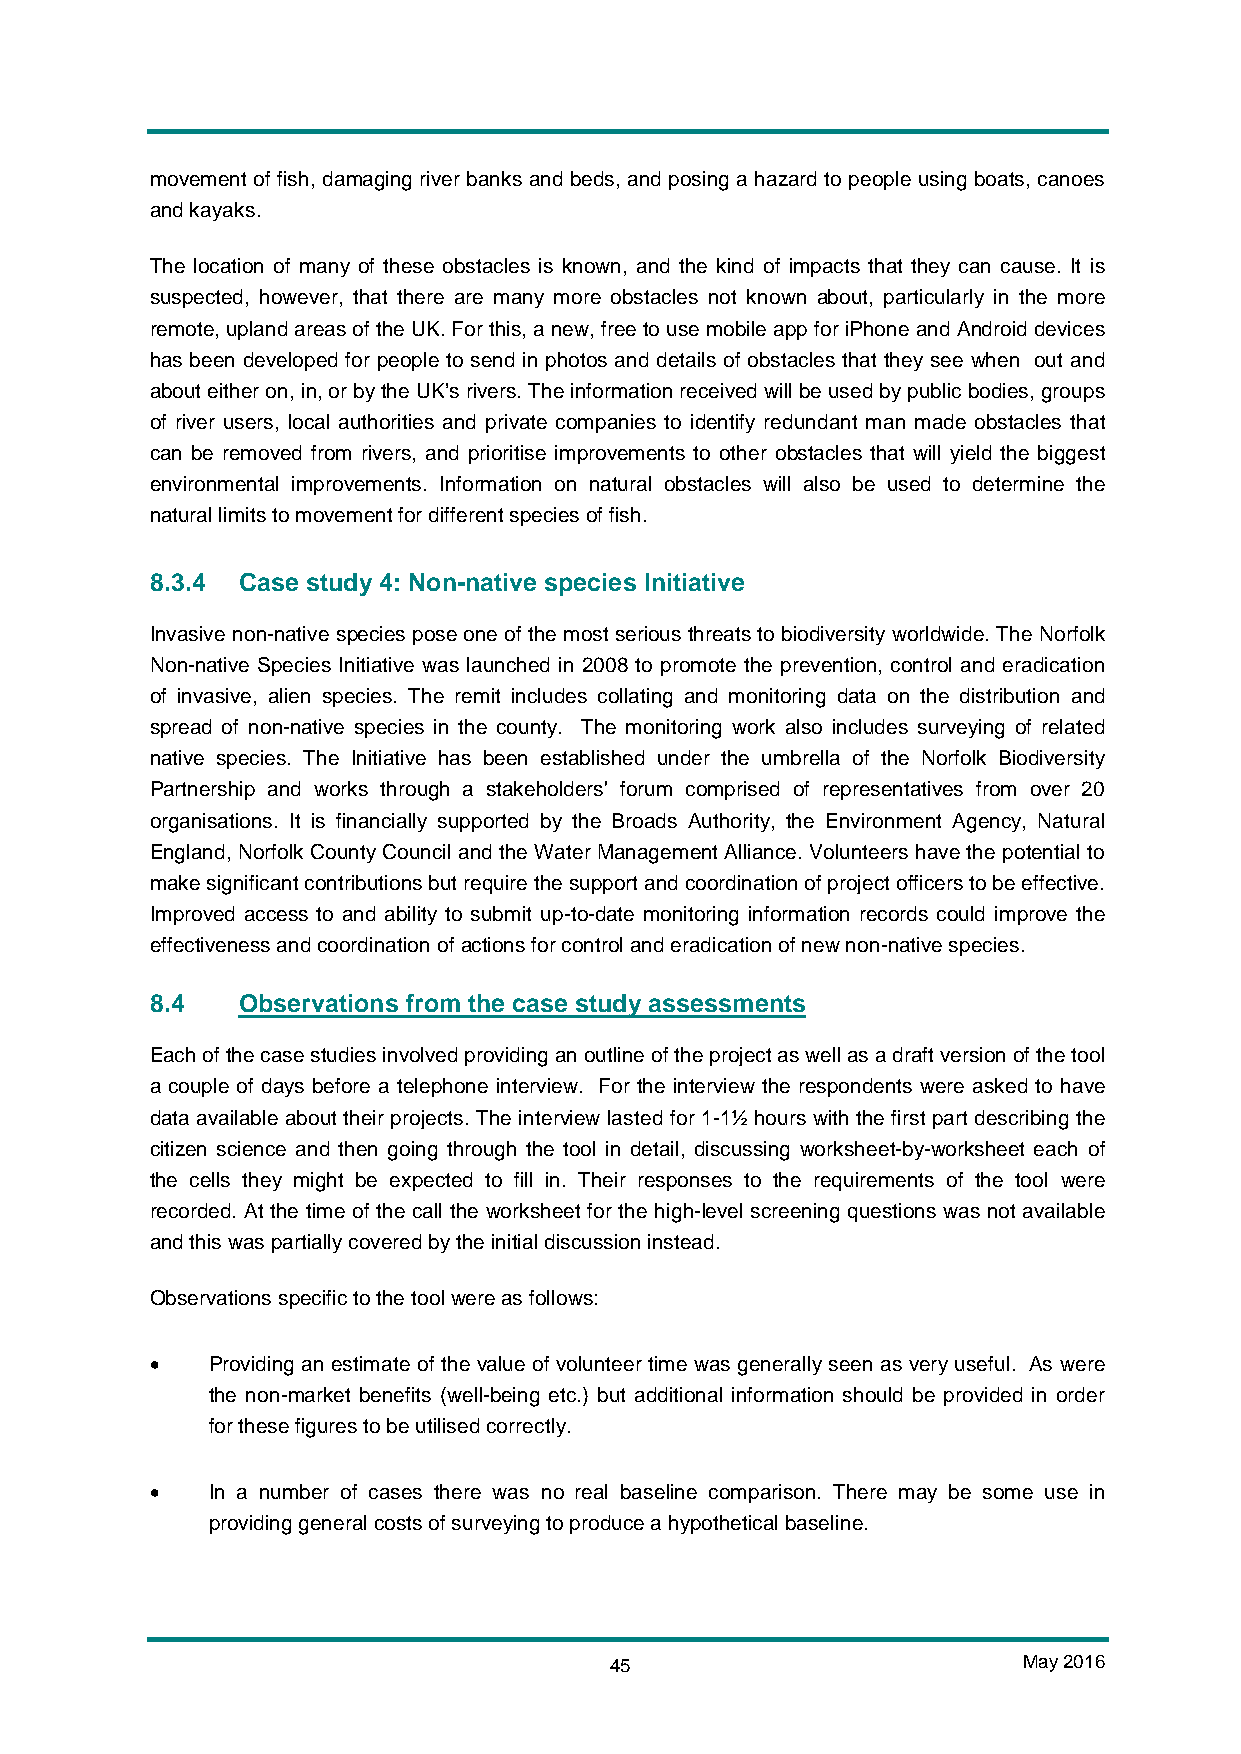
movement of fish, damaging river banks and beds, and posing a hazard to people using boats, canoes
 and kayaks.
 The location of many of these obstacles is known, and the kind of impacts that they can cause. It is
 suspected, however, that there are many more obstacles not known about, particularly in the more
 remote, upland areas of the UK. For this, a new, free to use mobile app for iPhone and Android devices
 has been developed for people to send in photos and details of obstacles that they see when out and
 about either on, in, or by the UK’s rivers. The information received will be used by public bodies, groups
 of river users, local authorities and private companies to identify redundant man made obstacles that
 can be removed from rivers, and prioritise improvements to other obstacles that will yield the biggest
 environmental improvements. Information on natural obstacles will also be used to determine the
 natural limits to movement for different species of fish.
 8.3.4 Case study 4: Non-native species Initiative
 Invasive non-native species pose one of the most serious threats to biodiversity worldwide. The Norfolk
 Non-native Species Initiative was launched in 2008 to promote the prevention, control and eradication
 of invasive, alien species. The remit includes collating and monitoring data on the distribution and
 spread of non-native species in the county. The monitoring work also includes surveying of related
 native species. The Initiative has been established under the umbrella of the Norfolk Biodiversity
 Partnership and works through a stakeholders' forum comprised of representatives from over 20
 organisations. It is financially supported by the Broads Authority, the Environment Agency, Natural
 England, Norfolk County Council and the Water Management Alliance. Volunteers have the potential to
 make significant contributions but require the support and coordination of project officers to be effective.
 Improved access to and ability to submit up-to-date monitoring information records could improve the
 effectiveness and coordination of actions for control and eradication of new non-native species.
 8.4   Observations from the case study assessments
 Each of the case studies involved providing an outline of the project as well as a draft version of the tool
 a couple of days before a telephone interview. For the interview the respondents were asked to have
 data available about their projects. The interview lasted for 1-1½ hours with the first part describing the
 citizen science and then going through the tool in detail, discussing worksheet-by-worksheet each of
 the cells they might be expected to fill in. Their responses to the requirements of the tool were
 recorded. At the time of the call the worksheet for the high-level screening questions was not available
 and this was partially covered by the initial discussion instead.
 Observations specific to the tool were as follows:
 •   Providing an estimate of the value of volunteer time was generally seen as very useful. As were
 the non-market benefits (well-being etc.) but additional information should be provided in order
 for these figures to be utilised correctly.
 •   In a number of cases there was no real baseline comparison. There may be some use in
 providing general costs of surveying to produce a hypothetical baseline.
 45                          May 2016